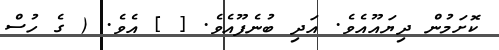
ކޮށަމުން ދިޔައޫއެވެ. އަދި ބުނެފޫއެވެ. [ ] އެވެ. ( ގެ ހުސް